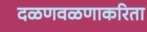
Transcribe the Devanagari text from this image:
दळणवळणाकरिता